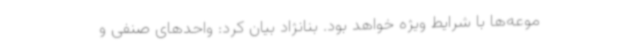
موعه‌ها با شرایط ویژه خواهد بود. بنانژاد بیان کرد: واحدهای صنفی و